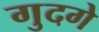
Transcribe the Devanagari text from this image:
गुदगे